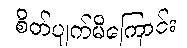
စိတ်ပျက်မိကြောင်း